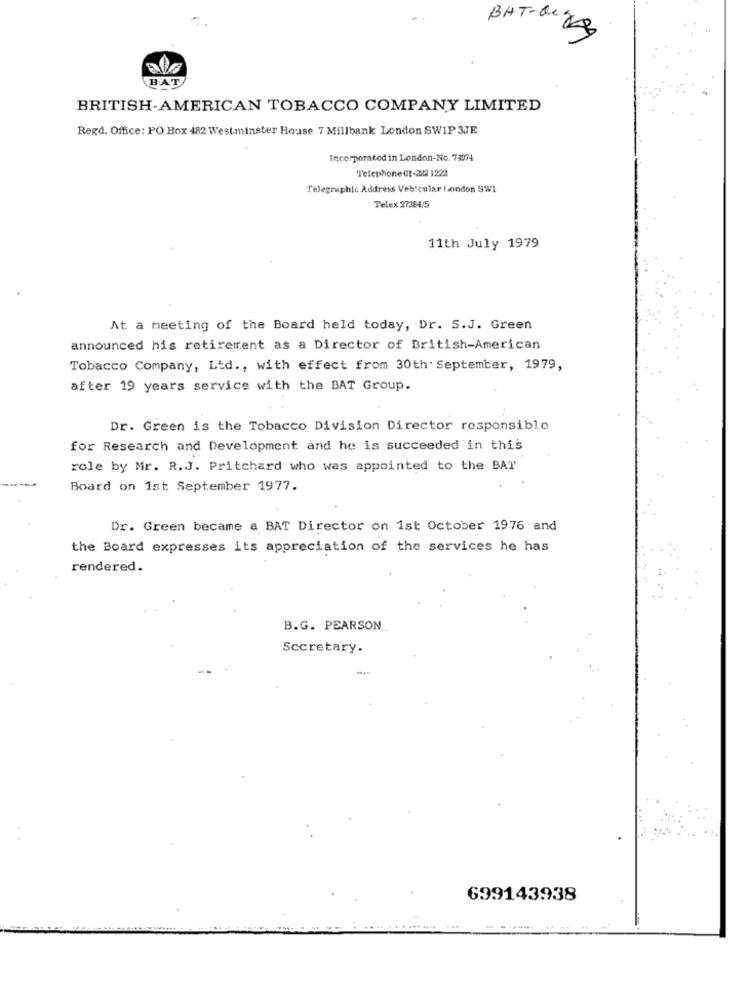
BAT-QUEKB
BAT
BRITISH-AMERICAN TOBACCO COMPANY LIMITED
Regd. Office: PO Box 482 Westminster House 7 Millbank London SWIP 3JE
Incorporated in London-No. 73974
Telephone 01-222 1222
Telegraphic Address Veb:enlar london SW1
Telex 27384/5
11th July 1979
At a meeting of the Board held today, Dr. S.J. Green
announced his retirement as a Director of British-American
Tobacco Company, Ltd ., with effect from 30th. September, 1979,
after 19 years service with the BAT Group.
Dr. Green is the Tobacco Division Director responsible
for Research and Development and he is succeeded in this
role by Mr. R.J. Pritchard who was appointed to the BAT
Board on 1st September 1977.
Dr. Green became a BAT Director on 1st October 1976 and
the Board expresses its appreciation of the services he has
rendered.
B.G. PEARSON
Secretary.
699143938